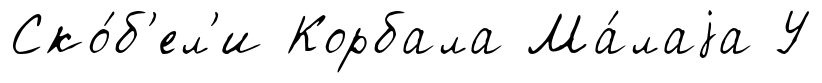
Ско́б'ел'и Корбала Ма́лаjа У